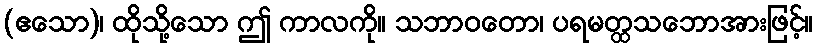
(ဧသော)၊ ထိုသို့သော ဤ ကာလကို။ သဘာဝတော၊ ပရမတ္ထသဘောအားဖြင့်။